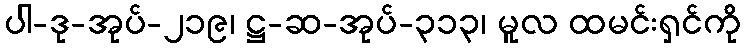
ပါ-ဒု-အုပ်-၂၁၉၊ ဋ္ဌ-ဆ-အုပ်-၃၁၃၊ မူလ ထမင်းရှင်ကို